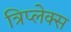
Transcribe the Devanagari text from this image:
त्रिप्लेक्स